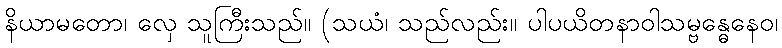
နိယာမတော၊ လှေ သူကြီးသည်။ (သယံ၊ သည်လည်း။ ပါပယိတနာဝါသမ္ဗန္ဓေနေဝ၊